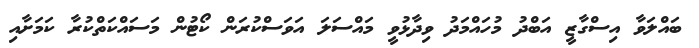
ބައްލަވާ އިސްގާޒީ އަބްދު މުހައްމަދު ވިދާޅުވީ މައްސަލަ އަވަސްކުރަން ކޯޓުން މަސައްކަތްކުރާ ކަމަށާއި